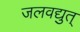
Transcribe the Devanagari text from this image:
जलवद्युत्‌